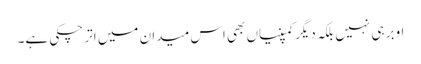
اوبر ہی نہیں بلکہ دیگر کمپنیاں بھی اس میدان میں اتر چکی ہے۔